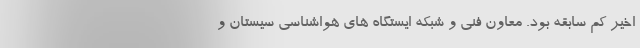
اخیر کم سابقه بود. معاون فنی و شبکه ایستگاه های هواشناسی سیستان و